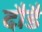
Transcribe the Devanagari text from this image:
दौडै